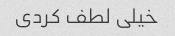
خیلی لطف کردی